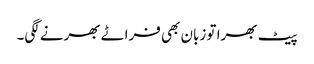
پیٹ بھرا تو زبان بھی فراٹے بھرنے لگی۔